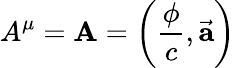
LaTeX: A^{\mu}=\mathbf{A}=\left({\frac{\phi}{c}},{\vec{\mathbf{a}}}\right)